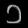
Digit: ၁